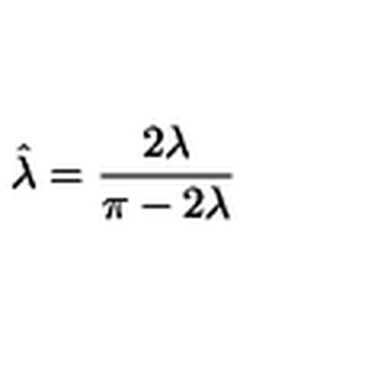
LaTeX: \hat { \lambda } = \frac { 2 \lambda } { \pi - 2 \lambda }